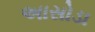
અાસોડા